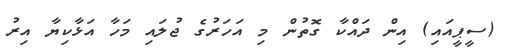
(ސީޕީއައި) އިން ދައްކާ ގޮތުން މި އަހަރުގެ ޖުލައި މަހާ އަޅާކިޔާ އިރު